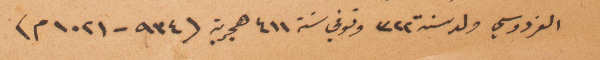
الفردوسي ولد سنة ٣٢٢ وتوفي سنة ٤١١ هجرية (٩٣٤-١٠٢١ م)